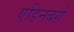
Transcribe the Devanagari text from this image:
एडिनबर्ग़